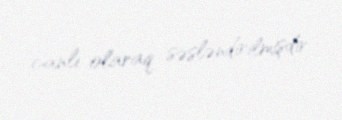
canlı olaraq səsləndirilmişdir.